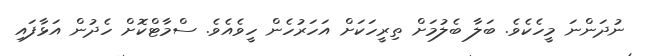
ނުދަންނަ މީހެކެވެ. ބަލާ ބެލުމަށް ތިރީހަކަށް އަހަރުހެން ހީވެއެވެ. ސްމާޓްކޮށް ހެދުން އަޅާފައި